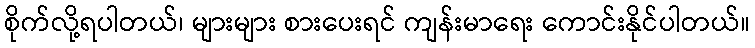
စိုက်လို့ရပါတယ်၊ များများ စားပေးရင် ကျန်းမာရေး ကောင်းနိုင်ပါတယ်။